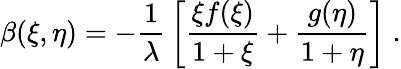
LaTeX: \beta(\xi,\eta)=-{\frac{1}{\lambda}}\left[{\frac{\xi f(\xi)}{1+\xi}}+{\frac{g(\eta)}{1+\eta}}\right]\; .